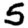
Digit: 5